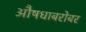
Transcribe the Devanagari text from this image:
औषधाबरोबर